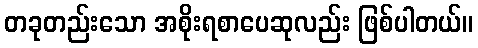
တခုတည်းသော အစိုးရစာပေဆုလည်း ဖြစ်ပါတယ်။